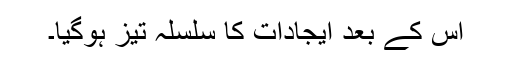
اس کے بعد ایجادات کا سلسلہ تیز ہوگیا۔